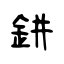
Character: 鉼